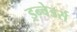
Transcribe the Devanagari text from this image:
इन्वेडर्स